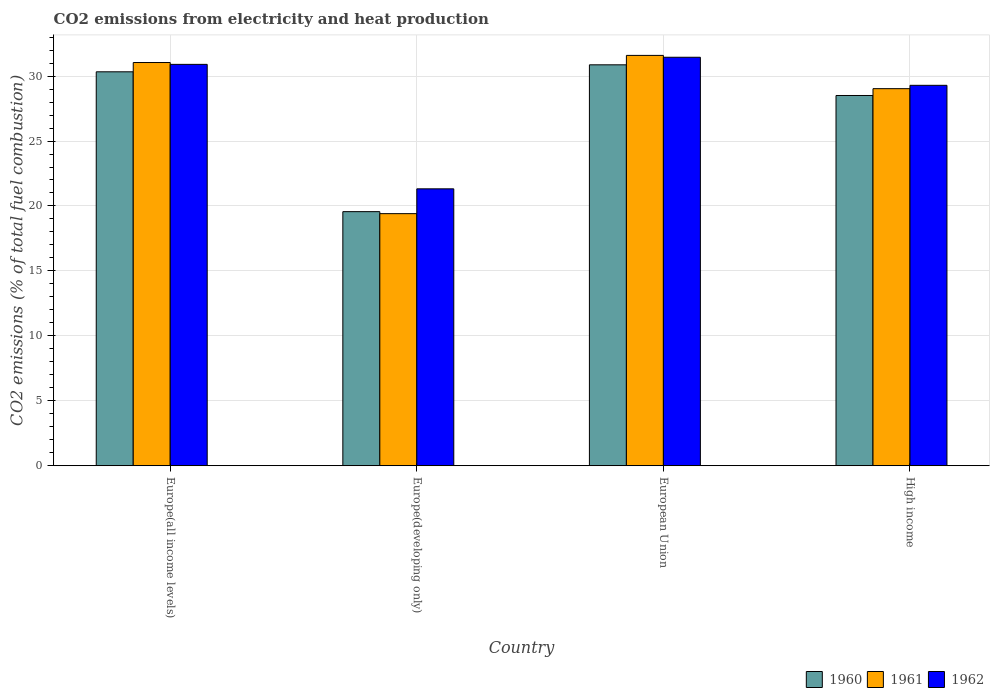
| Country | 1960 | 1961 | 1962 |
 | --- | --- | --- | --- |
 | Europe(all income levels) | 30.3 | 31 | 30.9 |
 | Europe(developing only) | 19.6 | 19.4 | 21.3 |
 | European Union | 30.9 | 31.6 | 31.5 |
 | High income | 28.5 | 29 | 29.3 |